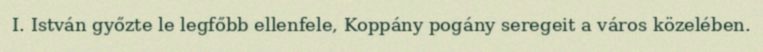
I. István győzte le legfőbb ellenfele, Koppány pogány seregeit a város közelében.